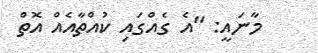
މާނައީ: "އެ ގެއްގައި ކުއްތާއެއް އޮތް